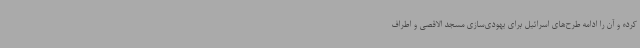
کرده و آن را ادامه طرح‌های اسرائیل برای یهودی‌سازی مسجد الاقصی و اطراف